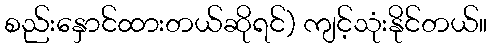
စည်းနှောင်ထားတယ်ဆိုရင်) ကျင့်သုံးနိုင်တယ်။